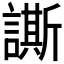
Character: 𧬜